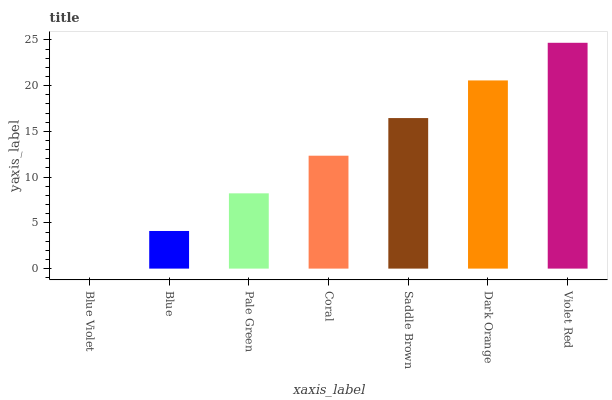
| xaxis_label | bars |
 | --- | --- |
 | Blue Violet | 0 |
 | Blue | 4.11 |
 | Pale Green | 8.23 |
 | Coral | 12.3 |
 | Saddle Brown | 16.5 |
 | Dark Orange | 20.6 |
 | Violet Red | 24.7 |